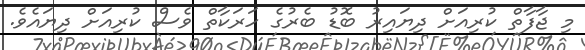
މި ޖާފާތް ކުރިއަށް ދިޔައިރު ބޮޑު ބެރުގެ ހަރަކާތް ވެސް ކުރިއަށް ދިޔައެވެ.